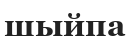
шыйпа